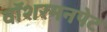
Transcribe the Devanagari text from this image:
वॉशरमनपेट